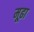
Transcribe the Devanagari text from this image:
मूढा